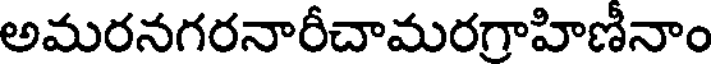
అమరనగరనారీచామరగ్రాహిణీనాం